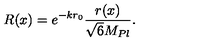
R ( x ) = e ^ { - k r _ { 0 } } \frac { r ( x ) } { \sqrt { 6 } M _ { P l } } .